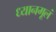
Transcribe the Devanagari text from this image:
ध्यानमूलं